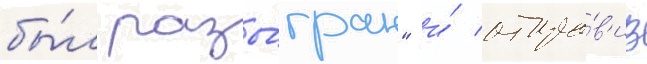
бы́л разы́гран" и́ отпра́в'ив